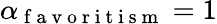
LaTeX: \alpha_{\mathrm{~f~a~v~o~r~i~t~i~s~m~}}=1